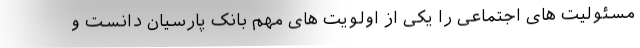
مسئولیت های اجتماعی را یکی از اولویت های مهم بانک پارسیان دانست و